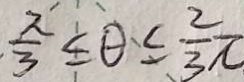
\cdot \frac { x } { 3 } \leq \theta \leq \frac { 2 } { 3 } \pi